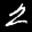
Label: 2